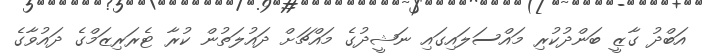
އަބްދު ގާޒީ ބަންދުކުރި މައްސަލައިގައި ނަޝީދުގެ މައްޗަށް ދައުލަތުން ކުރާ ޓެރަރިޒަމްގެ ދައުވާގެ